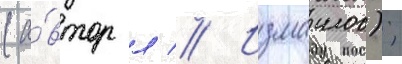
(а́втор л // Измаилов);